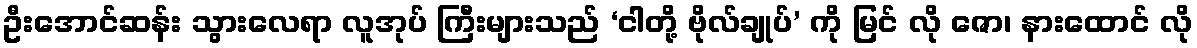
ဦးအောင်ဆန်း သွားလေရာ လူအုပ် ကြီးများသည် ‘ငါတို့ ဗိုလ်ချုပ်’ ကို မြင် လို ဇော၊ နားထောင် လို